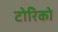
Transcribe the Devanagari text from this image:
टोरिको